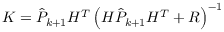
K = \hat { P } _ { k + 1 } H ^ { T } \left( H \hat { P } _ { k + 1 } H ^ { T } + R \right) ^ { - 1 }